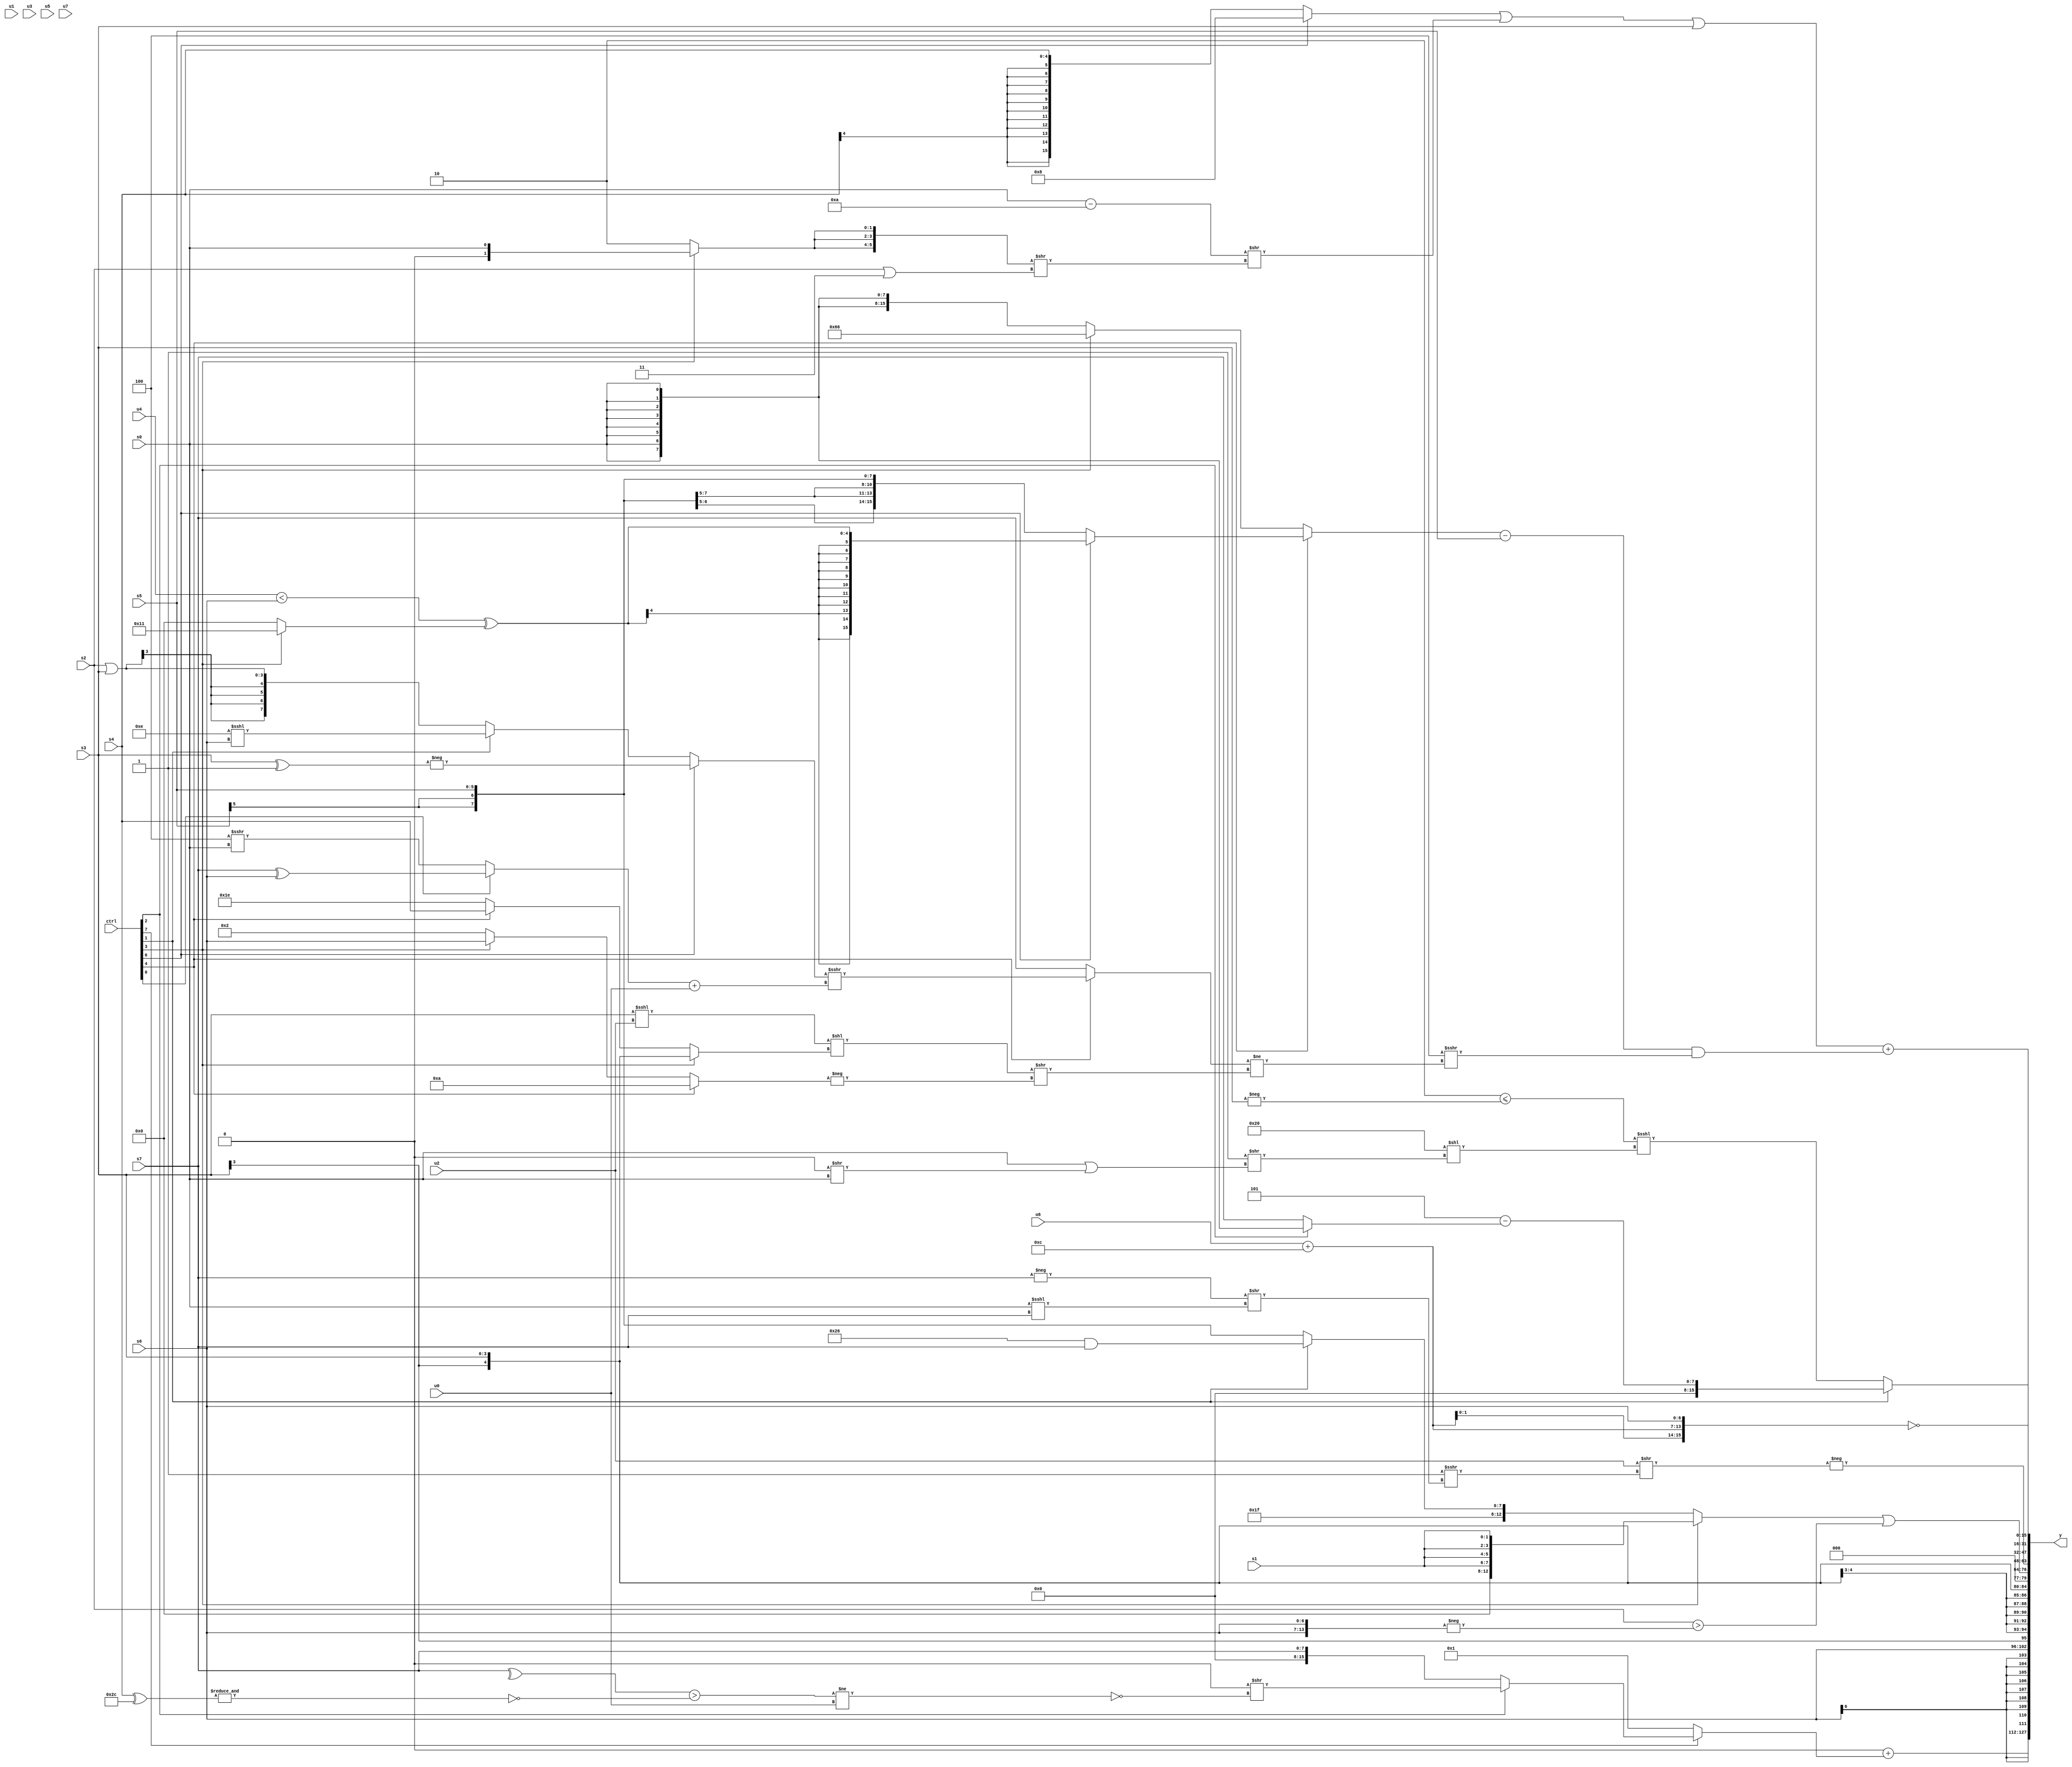
module wideexpr_00783(ctrl, u0, u1, u2, u3, u4, u5, u6, u7, s0, s1, s2, s3, s4, s5, s6, s7, y);
  input [7:0] ctrl;
  input [0:0] u0;
  input [1:0] u1;
  input [2:0] u2;
  input [3:0] u3;
  input [4:0] u4;
  input [5:0] u5;
  input [6:0] u6;
  input [7:0] u7;
  input signed [0:0] s0;
  input signed [1:0] s1;
  input signed [2:0] s2;
  input signed [3:0] s3;
  input signed [4:0] s4;
  input signed [5:0] s5;
  input signed [6:0] s6;
  input signed [7:0] s7;
  output [127:0] y;
  wire [15:0] y0;
  wire [15:0] y1;
  wire [15:0] y2;
  wire [15:0] y3;
  wire [15:0] y4;
  wire [15:0] y5;
  wire [15:0] y6;
  wire [15:0] y7;
  assign y = {y0,y1,y2,y3,y4,y5,y6,y7};
  assign y0 = (1'sb0)+((ctrl[7]?(ctrl[2]?(+($signed(-(~^({3{1'sb1}})))))>>(~|(((^(s7))>(~&((s4)^(6'sb101100))))!=(u0))):s7):+(~&($signed(6'b110011)))));
  assign y1 = s6;
  assign y2 = s3;
  assign y3 = ((ctrl[3]?$signed({4{s1}}):$signed({(3'b011)==((5'sb01010)<<<(3'b110)),$unsigned(-(5'sb00001)),(ctrl[1]?(6'sb100110)&(s7):s5)})))|(+(({1{$unsigned($signed(s2))}})>(-($signed({2{s6}})))));
  assign y4 = -((u2)>>($signed($signed((((1'sb1)^~(5'sb10101))|($signed(1'sb1)))>>>((-(s7))>>((s0)<<<(s7)))))));
  assign y5 = (ctrl[1]?$signed(($signed(3'sb101))-((ctrl[2]?$signed(s0):s7))):(($signed({|(4'sb0111),+(1'b0)}))<=($signed($unsigned(-(s3)))))<<<(($signed(6'sb100000))<<((2'sb11)>>((s0)|((1'sb0)>>(s0))))));
  assign y6 = ((((ctrl[6]?(5'sb01011)&(6'sb111100):s4))|($signed(((s0)-(5'sb01010))>>(($signed({3{(ctrl[3]?s0:2'b10)}}))>>((s2)|(+({2{1'sb1}})))))))|(s3))+((((ctrl[4]?(ctrl[6]?$signed($signed(((u4)<(s6))^((ctrl[3]?5'b10001:1'b0)))):s5):(ctrl[3]?$signed((ctrl[3]?{2{4'sb0110}}:$unsigned((6'sb110101)>>>(s2)))):s0)))-(s5))&((3'sb100)>>>(((ctrl[4]?((ctrl[6]?-((s3)^(2'sb11)):(ctrl[1]?(6'sb001110)<<<(s6):(s2)|(s3))))>>>(((ctrl[0]?(s7)^(s6):(4'b0100)>>>(s0)))+(u0)):s7))!=($signed((((s3)<<<(u2))<<((ctrl[3]?s3:(ctrl[4]?s4:3'sb110))))>>(-((ctrl[4]?(4'sb1011)^(5'sb00001):(ctrl[3]?s6:3'b010)))))))));
  assign y7 = +({~({{2{(u6)+(5'b01100)}},s6})});
endmodule